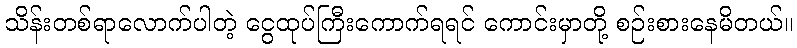
သိန်းတစ်ရာလောက်ပါတဲ့ ငွေထုပ်ကြီးကောက်ရရင် ကောင်းမှာတို့ စဉ်းစားနေမိတယ်။